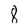
Character: 8